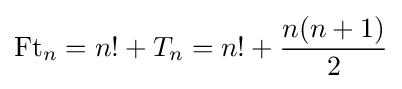
\operatorname {Ft} _{n}=n!+T_{n}=n!+{\frac {n(n+1)}{2}}